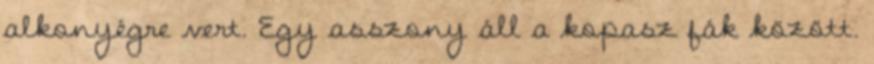
alkonyégre vert. Egy asszony áll a kopasz fák között.